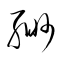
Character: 緲